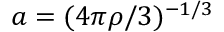
a = ( 4 \pi \rho / 3 ) ^ { - 1 / 3 }